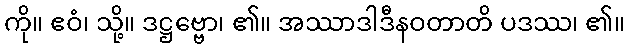
ကို။ ဧဝံ၊ သို့။ ဒဋ္ဌဗ္ဗော၊ ၏။ အဿာဒါဒီနဝတာတိ ပဒဿ၊ ၏။